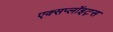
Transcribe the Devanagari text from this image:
एक्सप्लॉइट्स